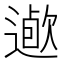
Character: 𨖯